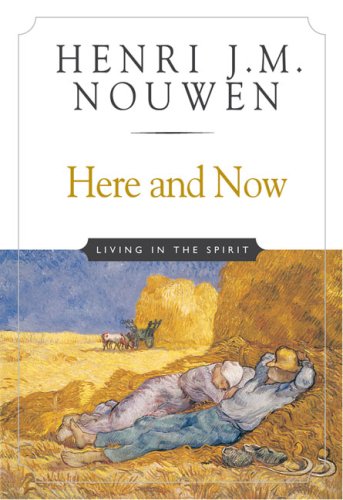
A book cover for Here and Now: Living in the Spirit; Henri J. M. Nouwen; Religion & Spirituality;